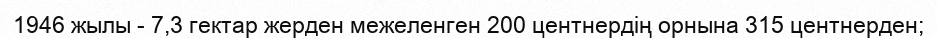
1946 жылы - 7,3 гектар жерден межеленген 200 центнердің орнына 315 центнерден;